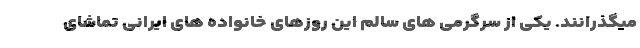
میگذرانند. یکی از سرگرمی های سالم این روزهای خانواده های ایرانی تماشای